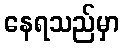
နေရသည်မှာ